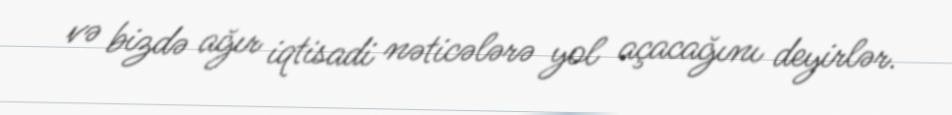
və bizdə ağır iqtisadi nəticələrə yol açacağını deyirlər.